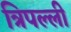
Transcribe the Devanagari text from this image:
त्रिपल्ली